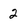
Character: 2